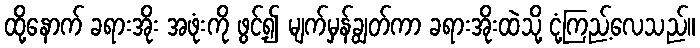
ထို့နောက် ခရားအိုး အဖုံးကို ဖွင့်၍ မျက်မှန်ချွတ်ကာ ခရားအိုးထဲသို့ ငုံ့ကြည့်လေသည်။